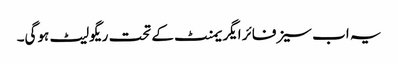
یہ اب سیزفائر ایگریمنٹ کے تحت ریگولیٹ ہوگی۔